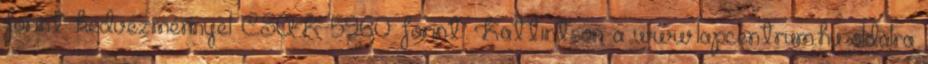
forint kedvezménnyel CSAK 5960 forint. Kattintson a www.lapcentrum.hu oldalra